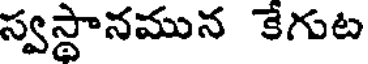
స్వస్థానమున కేగుట